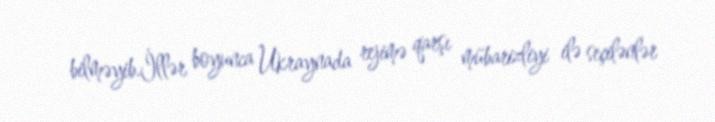
bilməyib.İllər boyunca Ukraynada rejimə qarşı mübarizliyi ilə seçilənlər